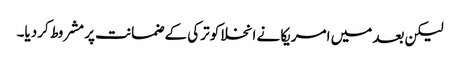
لیکن بعد میں امریکا نے انخلا کو ترکی کے ضمانت پر مشروط کردیا۔